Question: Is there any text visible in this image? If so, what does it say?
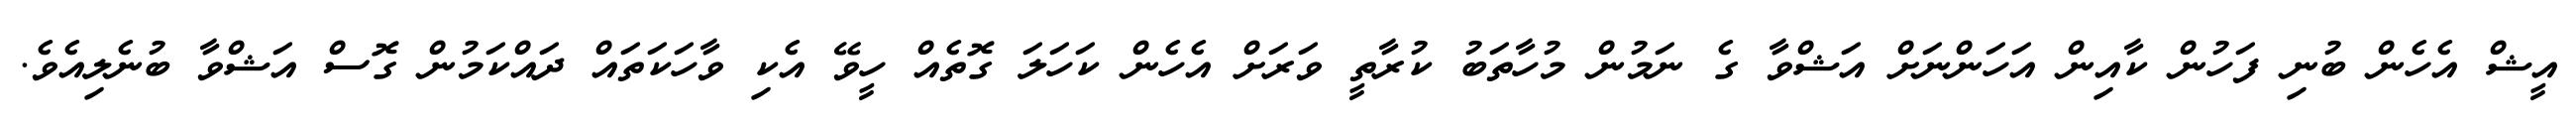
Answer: އީޝް އެހެން ބުނި ފަހުން ކާއިން އަހަންނަށް އަޝްވާ ގެ ނަމުން މުހާތަބު ކުރާތީ ވަރަށް އެހެން ކަހަލަ ގޮތެއް ހީވޭ އެކި ވާހަކަތައް ދައްކަމުން ގޮސް އަޝްވާ ބުނެލިއެވެ.